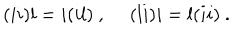
( i i ) l = i ( i l ) ~ , ~ ~ ( l i ) i = l ( i i ) ~ .